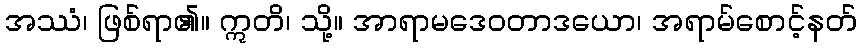
အဿံ၊ ဖြစ်ရာ၏။ ဣတိ၊ သို့။ အာရာမဒေဝတာဒယော၊ အရာမ်စောင့်နတ်